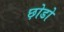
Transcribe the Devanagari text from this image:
छ़ोडो